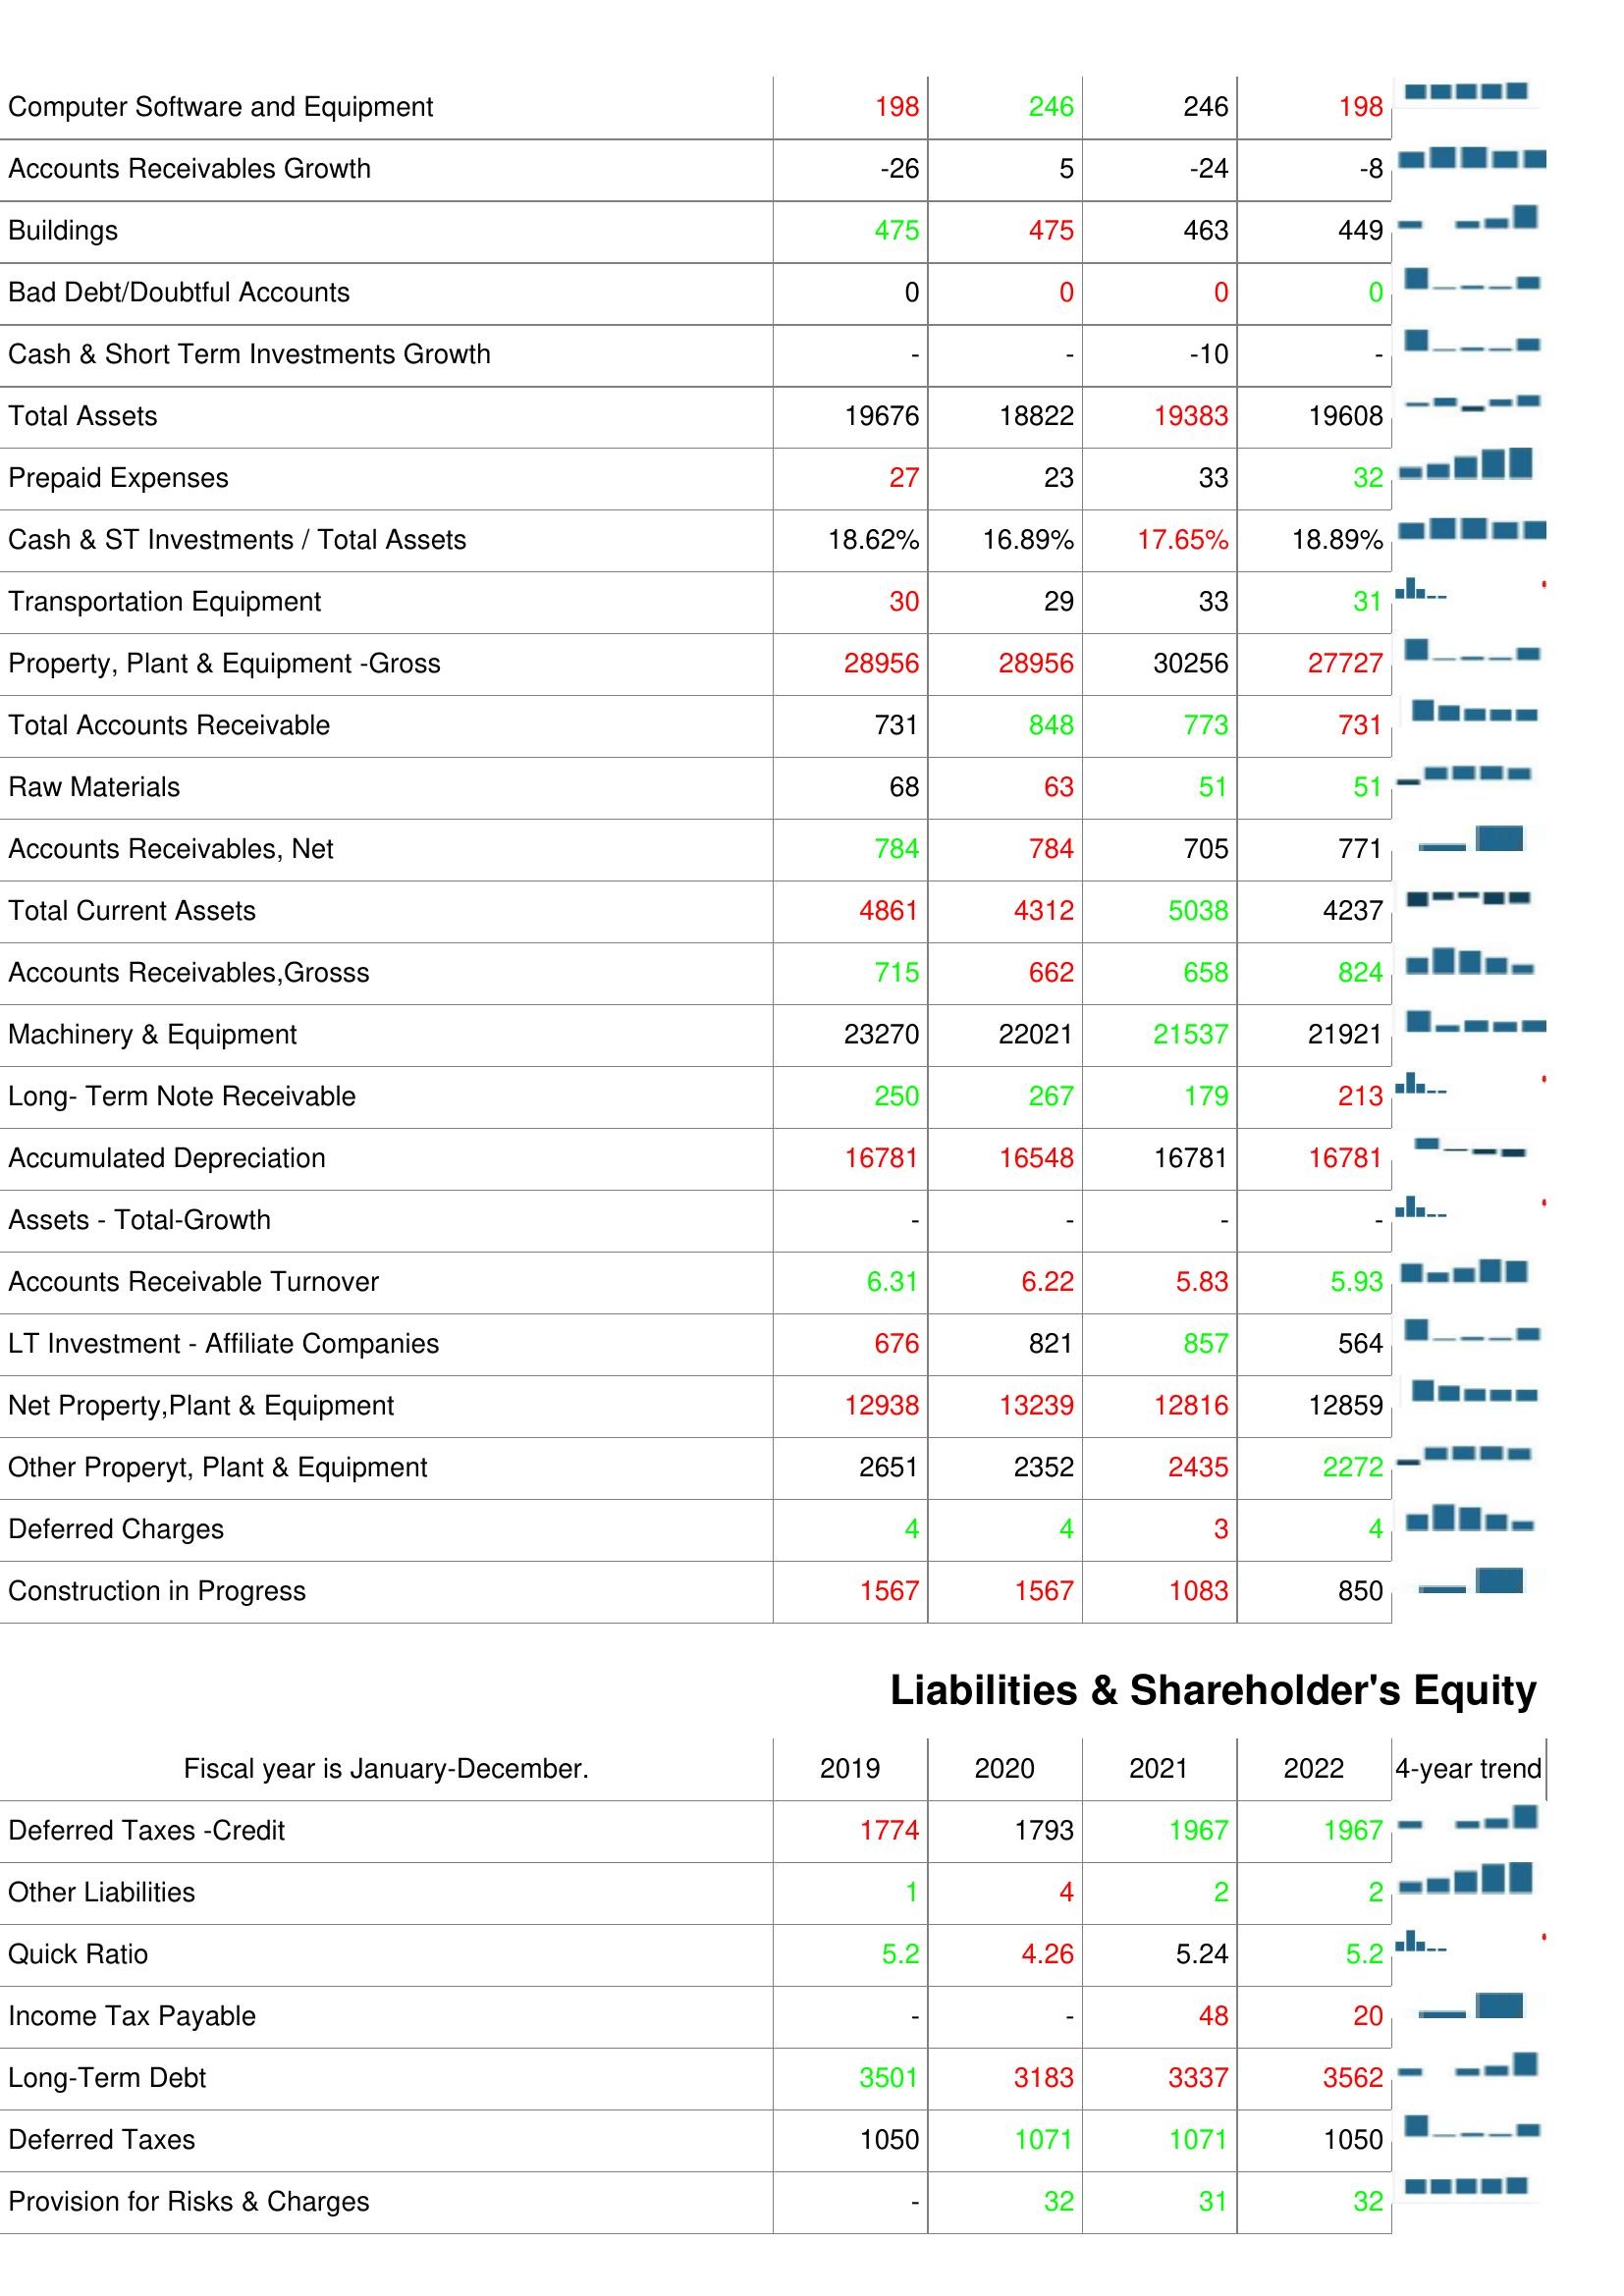
2019: Assets: Computer Software and Equipment: 198
Accounts Receivables Growth: -26
Buildings: 475
Bad Debt/Doubtful Accounts: 0
Cash & Short Term Investments Growth: -
Total Assets: 19676
Prepaid Expenses: 27
Cash & ST Investments / Total Assets: 18.62%
Transportation Equipment: 30
Property, Plant & Equipment -Gross: 28956
Total Accounts Receivable: 731
Raw Materials: 68
Accounts Receivables, Net: 784
Total Current Assets: 4861
Accounts Receivables,Grosss: 715
Machinery & Equipment: 23270
Long- Term Note Receivable: 250
Accumulated Depreciation: 16781
Assets - Total-Growth: -
Accounts Receivable Turnover: 6.31
LT Investment - Affiliate Companies: 676
Net Property,Plant & Equipment: 12938
Other Properyt, Plant & Equipment: 2651
Deferred Charges: 4
Construction in Progress: 1567
Liabilities & Shareholder's Equity: Deferred Taxes -Credit: 1774
Other Liabilities: 1
Quick Ratio: 5.2
Income Tax Payable: -
Long-Term Debt: 3501
Deferred Taxes: 1050
Provision for Risks & Charges: -
2020: Assets: Computer Software and Equipment: 246
Accounts Receivables Growth: 5
Buildings: 475
Bad Debt/Doubtful Accounts: 0
Cash & Short Term Investments Growth: -
Total Assets: 18822
Prepaid Expenses: 23
Cash & ST Investments / Total Assets: 16.89%
Transportation Equipment: 29
Property, Plant & Equipment -Gross: 28956
Total Accounts Receivable: 848
Raw Materials: 63
Accounts Receivables, Net: 784
Total Current Assets: 4312
Accounts Receivables,Grosss: 662
Machinery & Equipment: 22021
Long- Term Note Receivable: 267
Accumulated Depreciation: 16548
Assets - Total-Growth: -
Accounts Receivable Turnover: 6.22
LT Investment - Affiliate Companies: 821
Net Property,Plant & Equipment: 13239
Other Properyt, Plant & Equipment: 2352
Deferred Charges: 4
Construction in Progress: 1567
Liabilities & Shareholder's Equity: Deferred Taxes -Credit: 1793
Other Liabilities: 4
Quick Ratio: 4.26
Income Tax Payable: -
Long-Term Debt: 3183
Deferred Taxes: 1071
Provision for Risks & Charges: 32
2021: Assets: Computer Software and Equipment: 246
Accounts Receivables Growth: -24
Buildings: 463
Bad Debt/Doubtful Accounts: 0
Cash & Short Term Investments Growth: -10
Total Assets: 19383
Prepaid Expenses: 33
Cash & ST Investments / Total Assets: 17.65%
Transportation Equipment: 33
Property, Plant & Equipment -Gross: 30256
Total Accounts Receivable: 773
Raw Materials: 51
Accounts Receivables, Net: 705
Total Current Assets: 5038
Accounts Receivables,Grosss: 658
Machinery & Equipment: 21537
Long- Term Note Receivable: 179
Accumulated Depreciation: 16781
Assets - Total-Growth: -
Accounts Receivable Turnover: 5.83
LT Investment - Affiliate Companies: 857
Net Property,Plant & Equipment: 12816
Other Properyt, Plant & Equipment: 2435
Deferred Charges: 3
Construction in Progress: 1083
Liabilities & Shareholder's Equity: Deferred Taxes -Credit: 1967
Other Liabilities: 2
Quick Ratio: 5.24
Income Tax Payable: 48
Long-Term Debt: 3337
Deferred Taxes: 1071
Provision for Risks & Charges: 31
2022: Assets: Computer Software and Equipment: 198
Accounts Receivables Growth: -8
Buildings: 449
Bad Debt/Doubtful Accounts: 0
Cash & Short Term Investments Growth: -
Total Assets: 19608
Prepaid Expenses: 32
Cash & ST Investments / Total Assets: 18.89%
Transportation Equipment: 31
Property, Plant & Equipment -Gross: 27727
Total Accounts Receivable: 731
Raw Materials: 51
Accounts Receivables, Net: 771
Total Current Assets: 4237
Accounts Receivables,Grosss: 824
Machinery & Equipment: 21921
Long- Term Note Receivable: 213
Accumulated Depreciation: 16781
Assets - Total-Growth: -
Accounts Receivable Turnover: 5.93
LT Investment - Affiliate Companies: 564
Net Property,Plant & Equipment: 12859
Other Properyt, Plant & Equipment: 2272
Deferred Charges: 4
Construction in Progress: 850
Liabilities & Shareholder's Equity: Deferred Taxes -Credit: 1967
Other Liabilities: 2
Quick Ratio: 5.2
Income Tax Payable: 20
Long-Term Debt: 3562
Deferred Taxes: 1050
Provision for Risks & Charges: 32